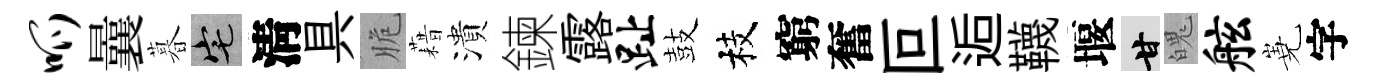
呱曩暮宅淸具脆藉潰鍊露趾鼓枝窮奮叵逅韈堰甘魄舷嶤字